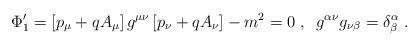
LaTeX: \begin{align*}\Phi _{1}^{\prime }=\left[ p_{\mu }+qA_{\mu }\right] g^{\mu \nu }\left[p_{\nu }+qA_{\nu }\right] -m^{2}=0\;,\;\;g^{\alpha \nu }g_{\nu \beta}=\delta _{\beta }^{\alpha }\;. \end{align*}